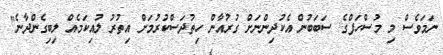
ނަމަވެސް މި މުސްހަފްގެ ސަބަބުން އެކުދިންނަށް ގުރުއާން ހިތުދަސްކުރުމަށް އިތުރު ލުއިކަމެއް ލިބިގެންދާނެ"